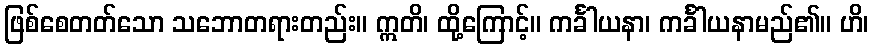
ဖြစ်စေတတ်သော သဘောတရားတည်း။ ဣတိ၊ ထို့ကြောင့်။ ကင်္ခါယနာ၊ ကင်္ခါယနာမည်၏။ ဟိ၊